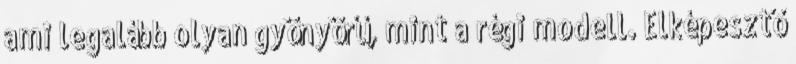
ami legalább olyan gyönyörű, mint a régi modell. Elképesztő